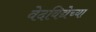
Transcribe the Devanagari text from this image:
वेदविद्येच्या